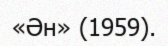
«Ән» (1959).